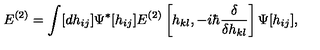
E ^ { ( 2 ) } = \int [ d h _ { i j } ] \Psi ^ { * } [ h _ { i j } ] E ^ { ( 2 ) } \left[ h _ { k l } , - i \hbar { \frac { \delta } { \delta h _ { k l } } } \right] \Psi [ h _ { i j } ] ,